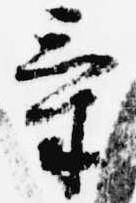
気